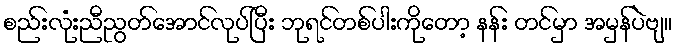
စည်းလုံးညီညွတ်အောင်လုပ်ပြီး ဘုရင်တစ်ပါးကိုတော့ နန်း တင်မှာ အမှန်ပဲဗျ။